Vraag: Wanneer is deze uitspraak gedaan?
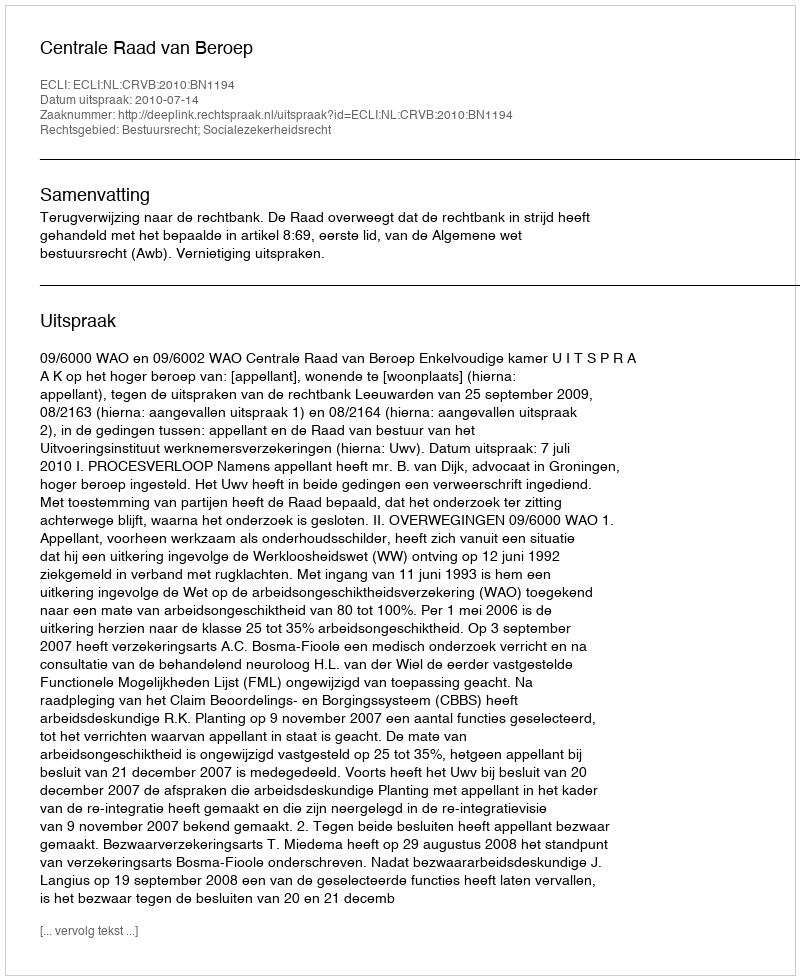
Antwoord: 2010-07-14